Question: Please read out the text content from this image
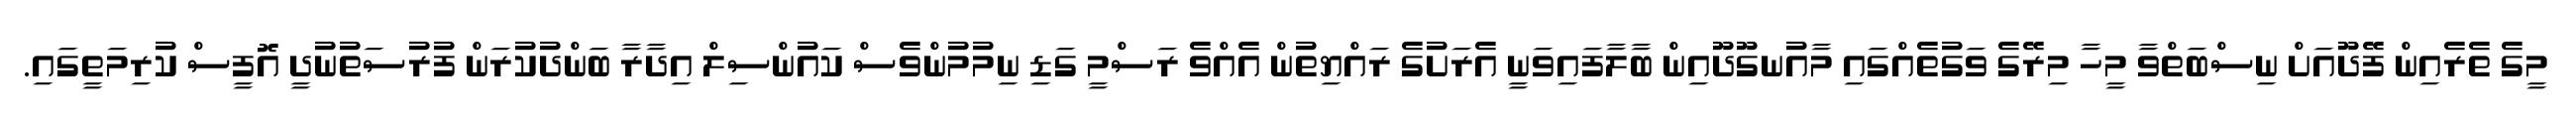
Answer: މީގެ ތެރެއިން ފޭދޫއަށް ނިސްބަތްވާ މީހާ މިރޭގެ ވަގުތެއްގައި މާއުނގޫދޫއިން ބާލާފައިވަނީ އެރަށުގެ ރައްޔިތުން އެއްވެ ރަސްމީ ގަޑި ނިމުމުންވެސް ކައުންސިލް އިދާރާ ބަންދުކުރަން ފުރުސަތުނުދީ އޮފީސް ކުރިމަތީގައި.